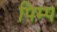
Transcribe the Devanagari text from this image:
पिम्प